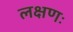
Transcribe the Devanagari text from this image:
लक्षणः